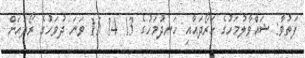
ފަތުވާ: ޝައްވާލުމަހުގެ ހަރޯދައާއި ހަނދުމަހުގެ 13 14 15 ވަނަ ދުވަހުގެ ރޯދައަށް